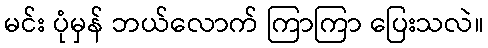
မင်း ပုံမှန် ဘယ်လောက် ကြာကြာ ပြေးသလဲ။